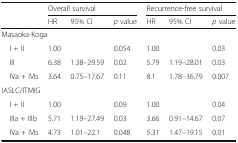
| <ROWSPAN=2>  | <COLSPAN=3> Overall survival | <COLSPAN=3> Recurrence-free survival |
 | HR | 95% CI | p value | HR | 95% CI | p value |
 | --- | --- | --- | --- | --- | --- | --- |
 | <COLSPAN=7> Masaoka-Koga |
 | I + II | 1.00 |  | 0.054 | 1.00 |  | 0.03 |
 | III | 6.38 | 1.38–29.59 | 0.02 | 5.79 | 1.19–28.01 | 0.03 |
 | IVa + IVb | 3.64 | 0.75–17.67 | 0.11 | 8.1 | 1.78–36.79 | 0.007 |
 | <COLSPAN=7> IASLC/ITMIG |
 | I + II | 1.00 |  | 0.09 | 1.00 |  | 0.04 |
 | IIIa + IIIb | 5.71 | 1.19–27.49 | 0.03 | 3.66 | 0.91–14.67 | 0.07 |
 | IVa + IVb | 4.73 | 1.01–22.1 | 0.048 | 5.31 | 1.47–19.15 | 0.01 |